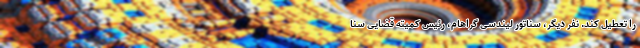
را تعطیل کند. نفر دیگر، سناتور لیندسی گراهام، رئیس کمیته قضایی سنا